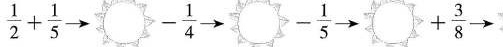
$$\frac { 1 } { 2 } + \frac { 1 } { 5 }$$ \rightarrow $$- \frac { 1 } { 4 }$$ \rightarrow $$- \frac { 1 } { 5 }$$ \rightarrow$$ \rightarrow $$+ \frac { 3 } { 8 } \rightarrow$$